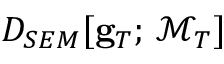
D _ { S E M } [ { \bf g } _ { T } ; \, \mathcal { M } _ { T } ]